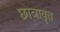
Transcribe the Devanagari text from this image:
छात्रावृत